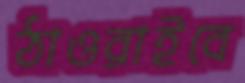
ঠাওরাইবে